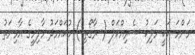
މަންމަ އަކީ މަލިކު ސެރިއްކަލް ( ރާގޯތި ) މުޙައްމަދު މާލިމީގެ އާމިނަތު